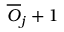
\overline { { O } } _ { j } + 1